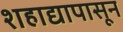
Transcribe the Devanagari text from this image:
शहाद्यापासून